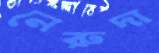
নেরুদা